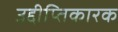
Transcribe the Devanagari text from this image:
उद्दीप्तिकारक